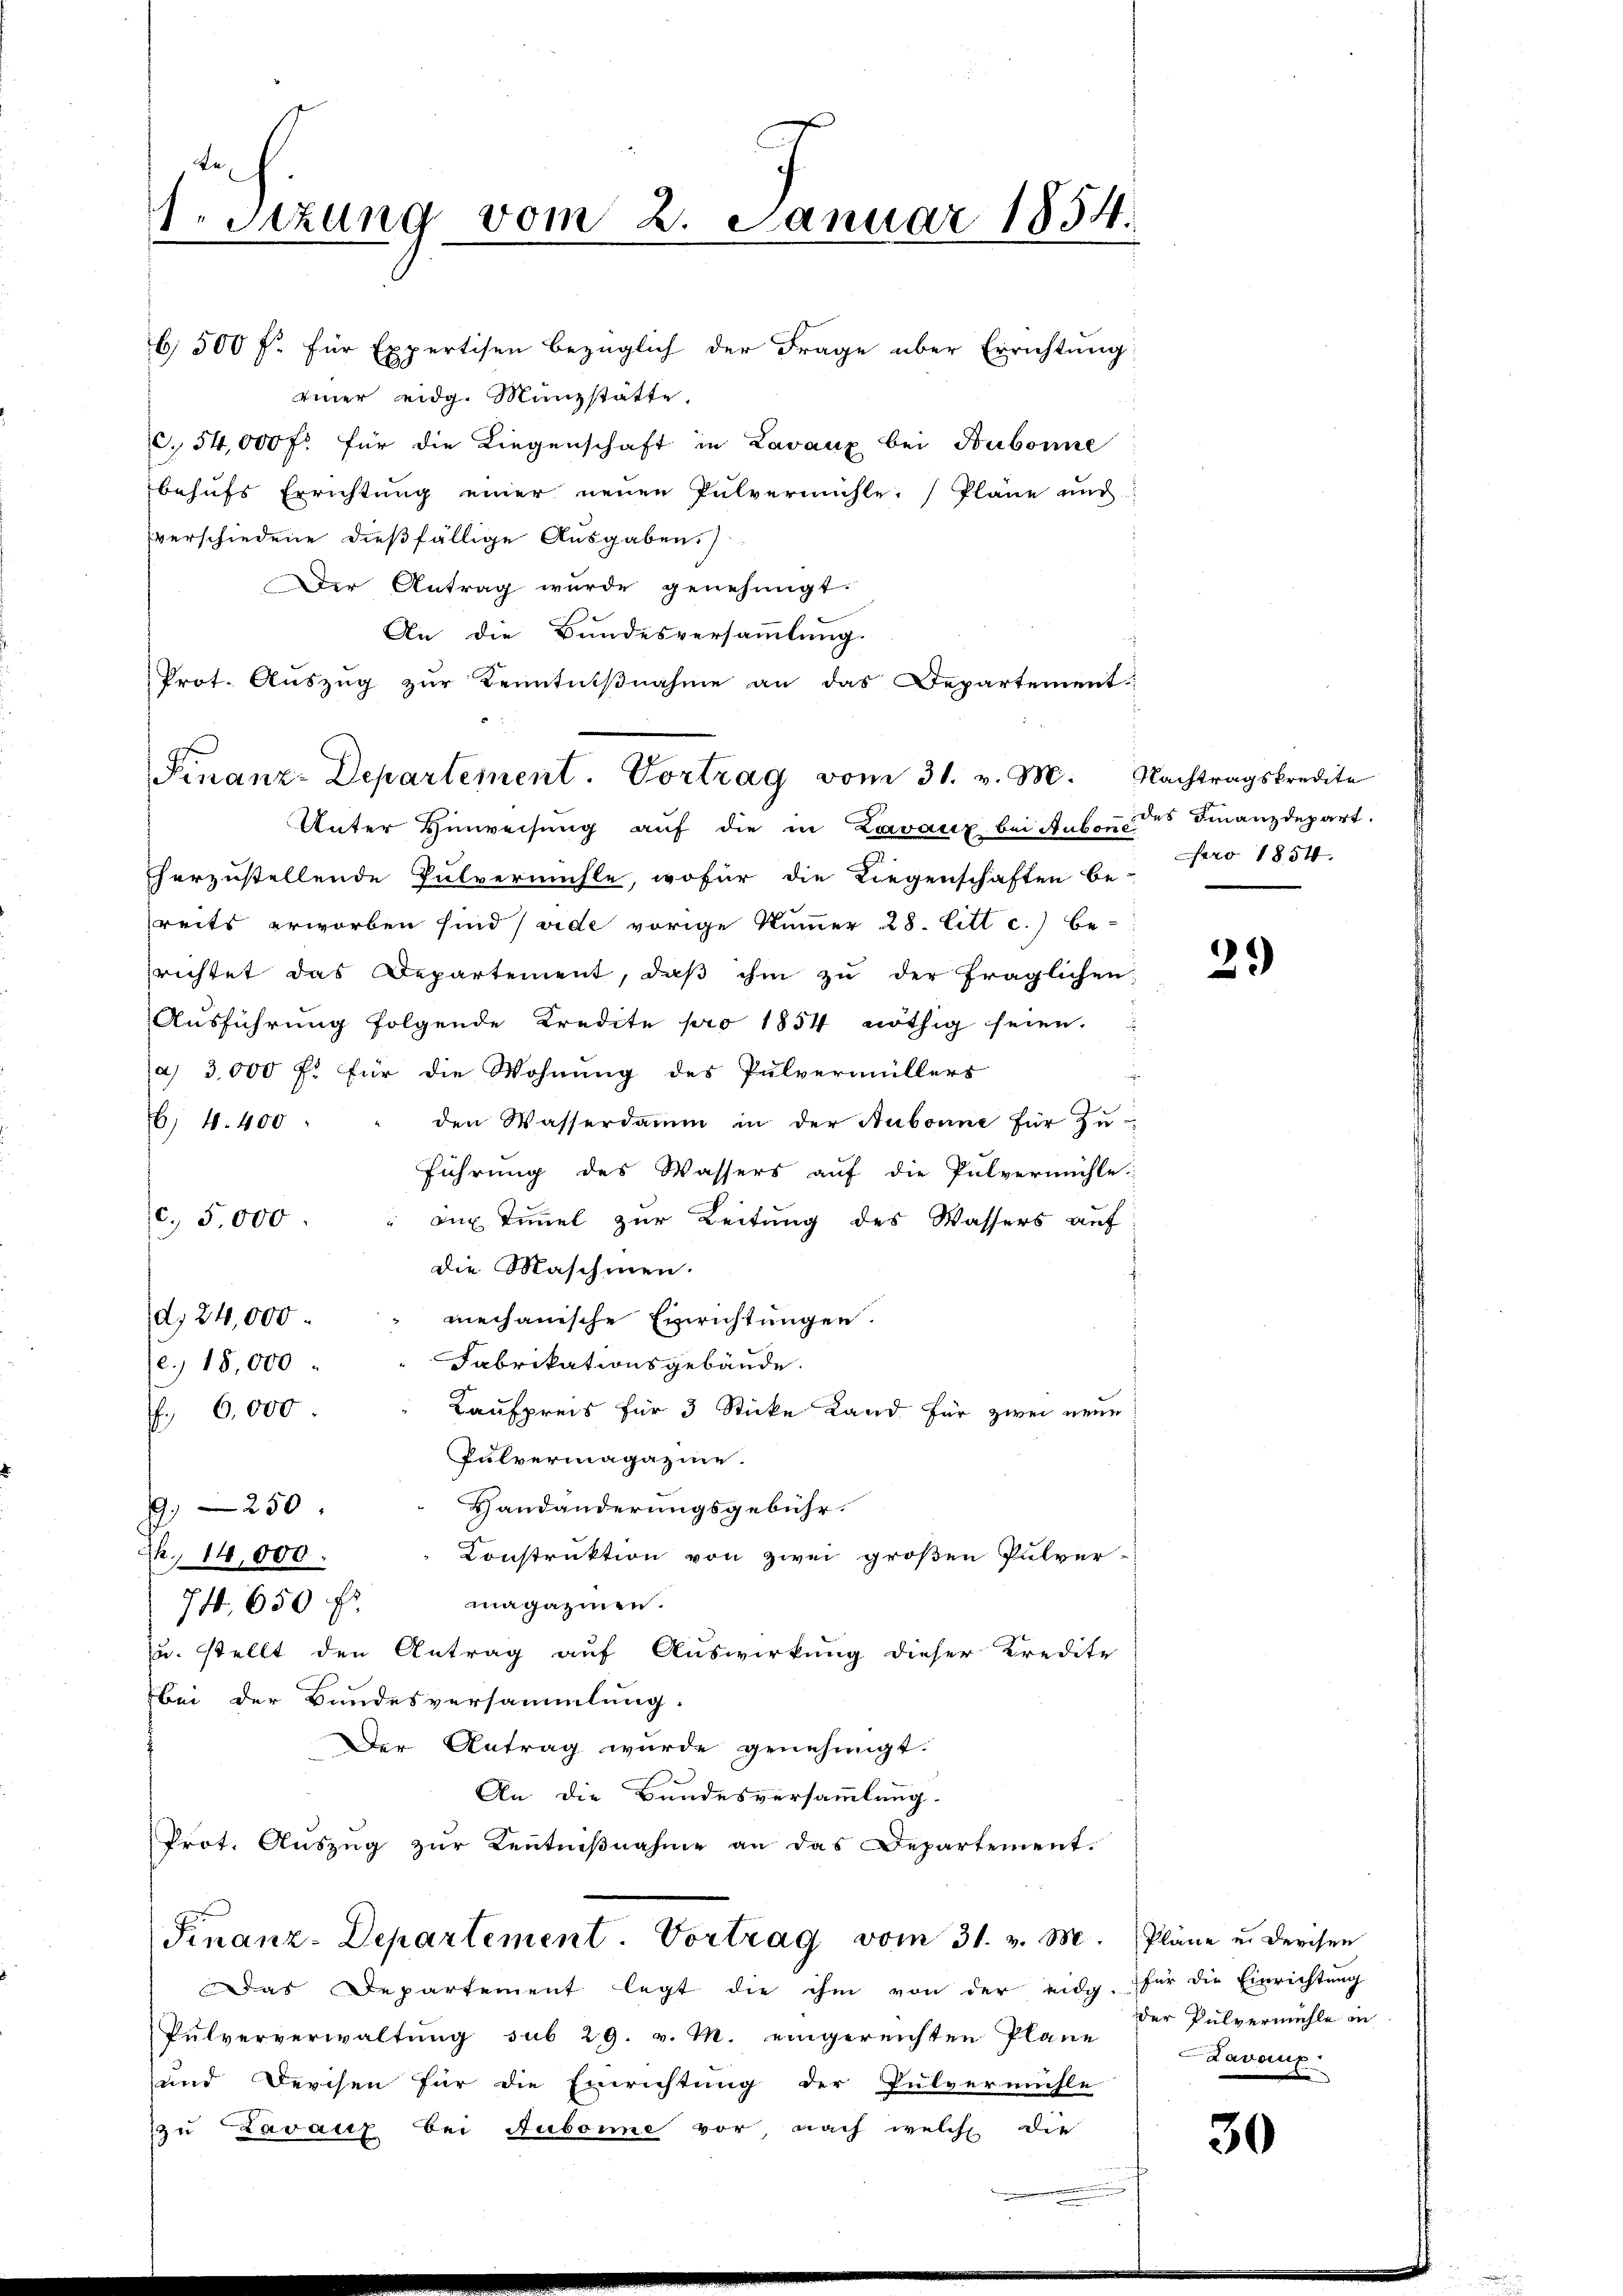
te
1. Setzung vom 2. Januar 1854.
.

c. 54,000 fr. für die Liegenschaft in Lavaux bei Bubonne
behufs Errichtung einer neuen Pulvermühle. Pläne und
verschiedene dießfällige Ausgaben.)
Der Antrag wurde genehmigt.
An die Bundesversammlung.
Prot. Auszug zur Kenntniβnahme an das Departement
herzustellende Pulvermühle, wofür die Liegenschaften be-
reits erworben sind (vide vorige Nummer 28. litt c.) be-
richtet das Departement, daβ ihm zŭ der fraglichen
Aŭsführung folgende Kredite pro 1854 nöthig seien.
(a) 3,000 fl für die Wohnung des Pulvermüllers
¬
den Wasserdamm in der Aubonne für Zu-
6, 4. 400
führung des Wassers auf die Pulvermühle:
c. 5,000 : " aux Timmel zur Leitung des Wassers auf
die Maschinen.
d. 24,000.
mechanische Einrichtungen.
Fabrikationsgebäude.
e. 18,000
Kaufpreis für 3 Sticke Land für zwei neue
6,000
Pulvermagazine
Handänderungsgebühr.
9250
Konstruktion von zwei großen Pulver-
. 14,000.
anagazinen.
71. 650 fr.
u. stellt den Antrag auf Auswirkung dieser Kredite
bei der Bundesversammlung.
Der Antrag wurde genehmigt.
An die Bundesversammlung.
Prot. Auszug zur Kenntniβnahme an das Departement.
Finanz-Departement. Vortrag vom 31. v. M. Pläne u. dersen
Das Departement legt die ihm von der eidg. für die Einrichtung
Pulververwaltung sub 29. v. M. eingereichten Plane
und Derchen für die Einrichtung der Pulvermühle
zu Lavanz bei Aubonne vor, nach welche die

b 500 f. für Expertisen bezüglich der Frage über Errichtung
einer eidg. Münzstätte.

Finanz-Departement. Vortrag vom 31. v. M. Nachtragskredite
Unter Hinweisung auf die in Zavanz bei Anbau des Finanzdepart.

ro 1854.

3.)

der Pulvermühle in
Lavaux.

30